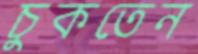
চুকতেন